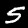
Label: 5